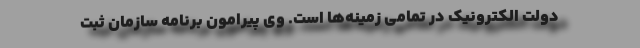
دولت الکترونیک در تمامی زمینه‌ها است. وی پیرامون برنامه سازمان ثبت